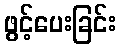
ဖွင့်ပေးခြင်း